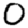
Digit: 0